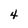
Character: 4